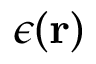
\epsilon ( { \bf r } )